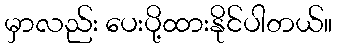
မှာလည်း ပေးပို့ထားနိုင်ပါတယ်။